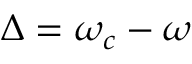
\Delta = \omega _ { c } - \omega